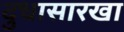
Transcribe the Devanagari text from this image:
दुधासारखा